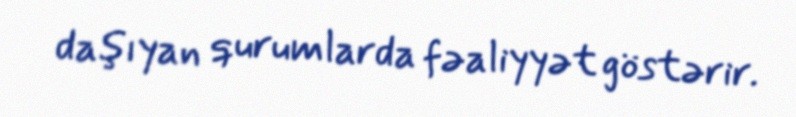
daşıyan qurumlarda fəaliyyət göstərir.